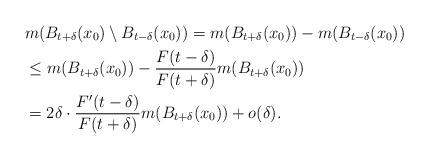
LaTeX: \begin{align*} &m(B_{t+\delta}(x_0)\setminus B_{t-\delta}(x_0))=m(B_{t+\delta}(x_0))-m(B_{t-\delta}(x_0))\\ &\leq m(B_{t+\delta}(x_0))-\frac{F(t-\delta)}{F(t+\delta)}m(B_{t+\delta}(x_0)) \\ &=2\delta\cdot\frac{F'(t-\delta)}{F(t+\delta)}m(B_{t+\delta}(x_0))+o(\delta). \end{align*}